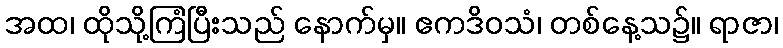
အထ၊ ထိုသို့ကြံပြီးသည် နောက်မှ။ ဧကဒိဝသံ၊ တစ်နေ့သ၌။ ရာဇာ၊